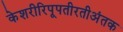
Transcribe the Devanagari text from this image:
केशरीरिपूपतीरतीअंतक